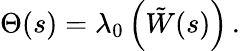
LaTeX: \Theta(s)=\lambda_{0}\left(\tilde{W}(s)\right)\, .